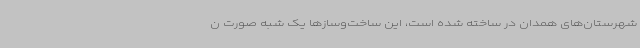
شهرستان‌های همدان در ساخته شده است، این ساخت‌وسازها یک شبه صورت ن